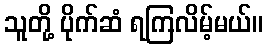
သူတို့ ပိုက်ဆံ ရကြလိမ့်မယ်။